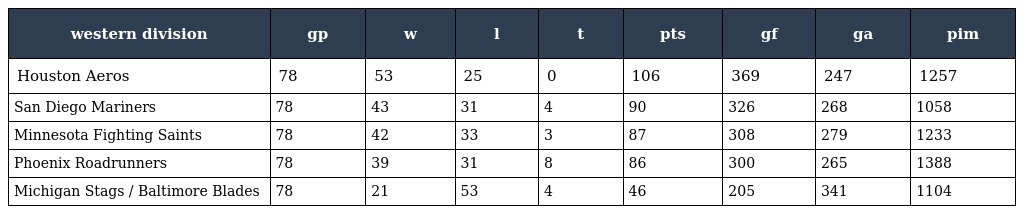
| western division | gp | w | l | t | pts | gf | ga | pim |
 | --- | --- | --- | --- | --- | --- | --- | --- | --- |
 | Houston Aeros | 78 | 53 | 25 | 0 | 106 | 369 | 247 | 1257 |
 | San Diego Mariners | 78 | 43 | 31 | 4 | 90 | 326 | 268 | 1058 |
 | Minnesota Fighting Saints | 78 | 42 | 33 | 3 | 87 | 308 | 279 | 1233 |
 | Phoenix Roadrunners | 78 | 39 | 31 | 8 | 86 | 300 | 265 | 1388 |
 | Michigan Stags / Baltimore Blades | 78 | 21 | 53 | 4 | 46 | 205 | 341 | 1104 |